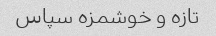
تازه و خوشمزه سپاس